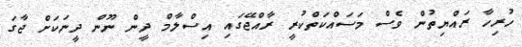
ހުރިހާ ރައްޔިތުން ވެސް މަސައްކަތްކުރީ ރާއްޖޭގައި އިސްލާމް ދީން ނޫން ދީނަަކަށް ޖާގަ